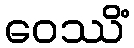
ဝေဿိံ